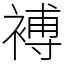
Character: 䙏